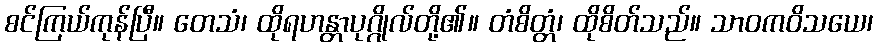
စင်ကြယ်ကုန်ပြီ။ တေသံ၊ ထိုရဟန္တာပုဂ္ဂိုလ်တို့၏။ တံစိတ္တံ၊ ထိုစိတ်သည်။ သာဝကဝိသယေ၊